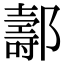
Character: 𨞪